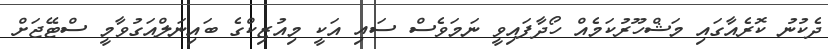
ދެކުނު ކޮރެއާގައި މަޝްހޫރުކަމެއް ހޯދާފައިވީ ނަމަވެސް ސައި އަކީ މިއުޒިކްގެ ބައިނަލްއަގުވާމީ ސްޓޭޖަށް